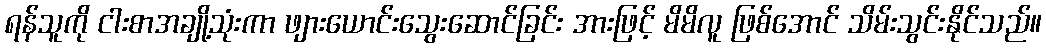
ရန်သူကို ငါးစာအချို့သုံးကာ ဖျားယောင်းသွေးဆောင်ခြင်း အားဖြင့် မိမိလူ ဖြစ်အောင် သိမ်းသွင်းနိုင်သည်။